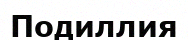
Подиллия